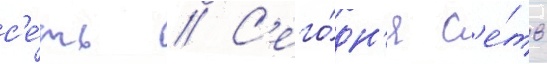
с'е́ть // С'его́дн'я с'е́ть